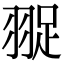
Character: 䎌